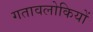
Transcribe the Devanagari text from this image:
गतावलोकियों